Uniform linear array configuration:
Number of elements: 16
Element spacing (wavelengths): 0.75
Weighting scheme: cosine
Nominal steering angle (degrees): -30
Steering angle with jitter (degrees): -30.628
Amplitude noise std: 0.05
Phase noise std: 0.05

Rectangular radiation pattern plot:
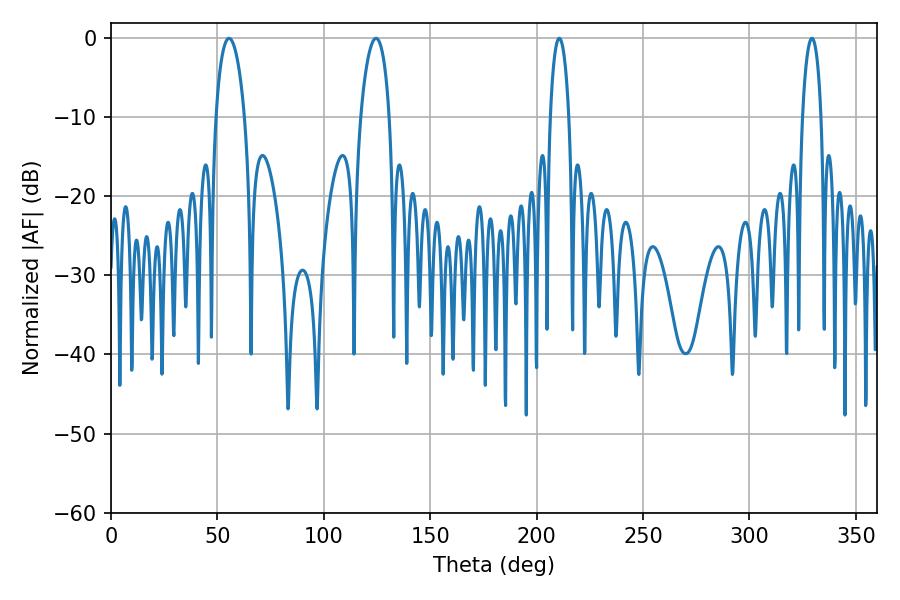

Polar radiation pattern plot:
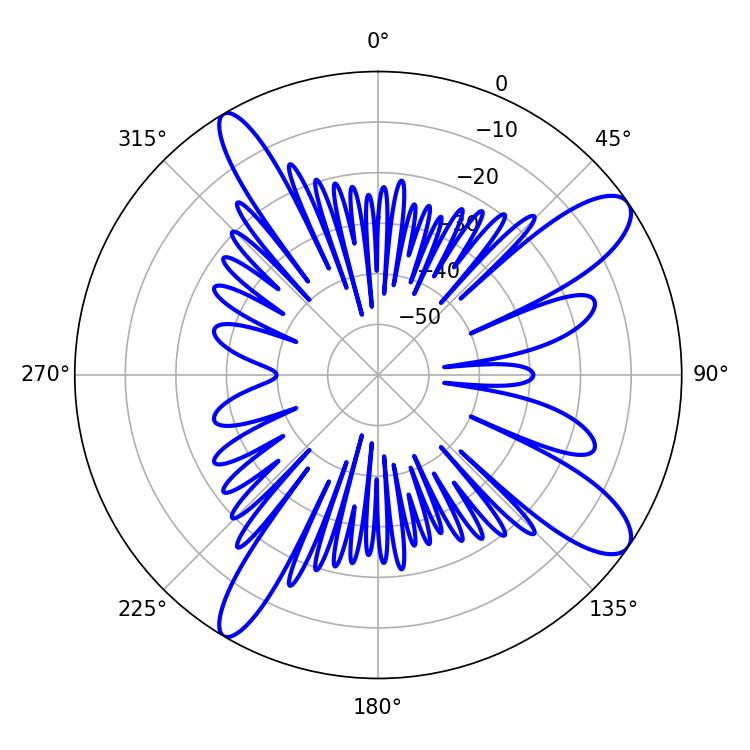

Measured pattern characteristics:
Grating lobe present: TRUE
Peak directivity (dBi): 11.425
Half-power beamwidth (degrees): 7.56
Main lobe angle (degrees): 124.56